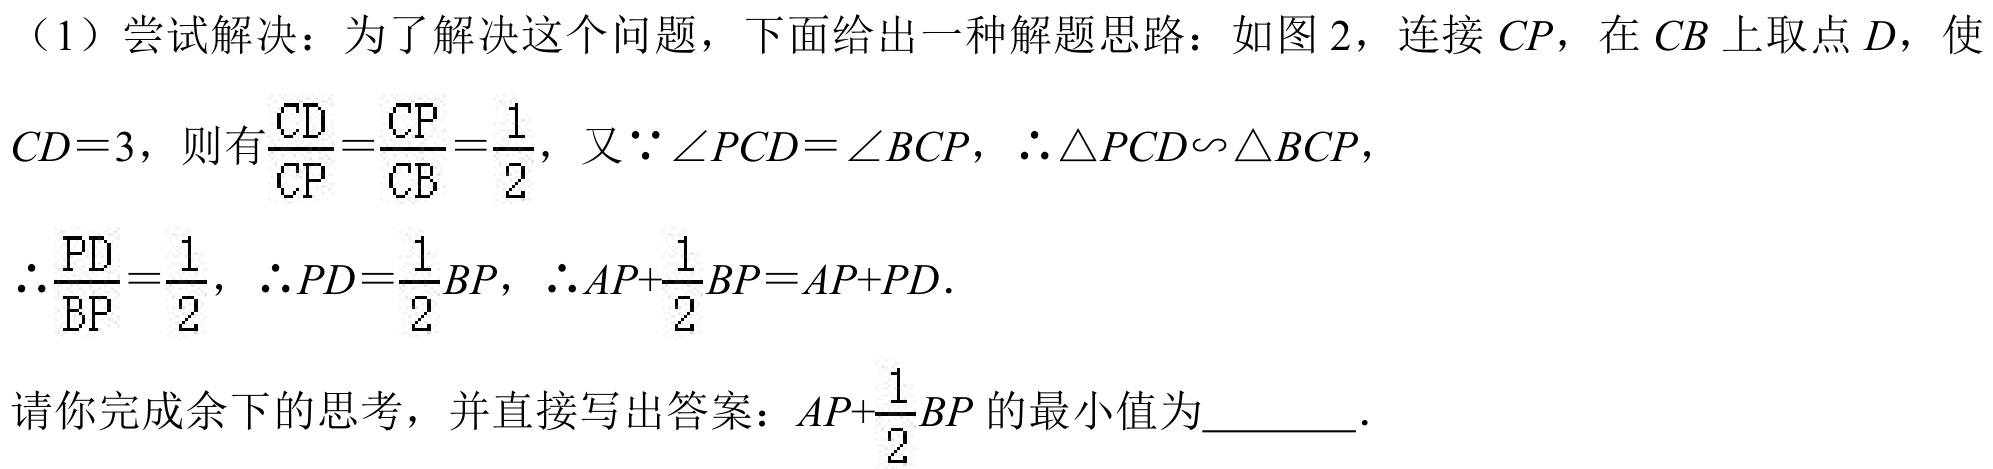
（1）尝试解决：为了解决这个问题，下面给出一种解题思路：如图 2，连接 \(CP\)，在 \(CB\) 上取点 \(D\)，使 \(CD = 3\)，则有\(\frac{CD}{CP}=\frac{CP}{CB}=\frac{1}{2}\)，又\(\because\angle PCD=\angle BCP\)，\(\therefore\triangle PCD\backsim\triangle BCP\)，\(\therefore\frac{PD}{BP}=\frac{1}{2}\)，\(\therefore PD = \frac{1}{2}BP\)，\(\therefore AP+\frac{1}{2}BP=AP + PD\).

请你完成余下的思考，并直接写出答案：\(AP+\frac{1}{2}BP\) 的最小值为  ．